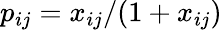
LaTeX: p_{ij}=x_{ij}/(1+x_{ij})